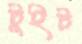
টুইট